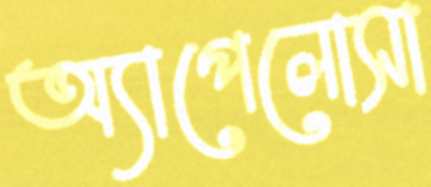
অ্যাপেলোসা